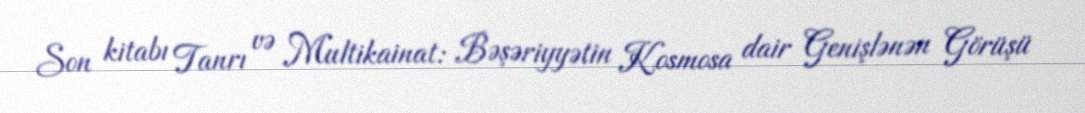
Son kitabı Tanrı və Multikainat: Bəşəriyyətin Kosmosa dair Genişlənən Görüşü